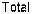
TOTAL